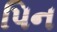
પિન